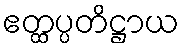
ဧတ္ထပ္ပတိဋ္ဌာယ